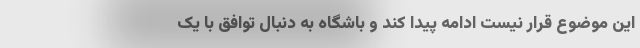
این موضوع قرار نیست ادامه پیدا کند و باشگاه به دنبال توافق با یک